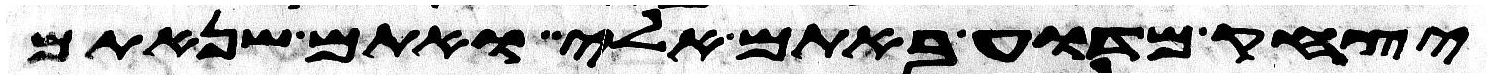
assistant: יצחק מדוע באתם אלי ואתם שנאתם